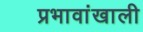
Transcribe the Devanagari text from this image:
प्रभावांखाली